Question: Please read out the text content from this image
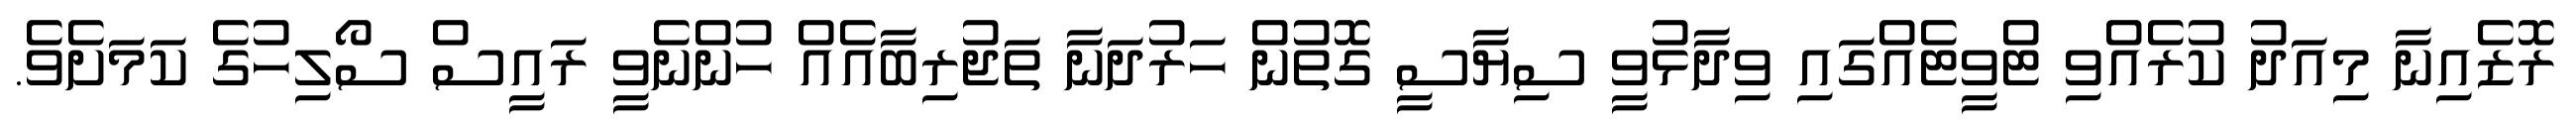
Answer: ރޮޒެއިނާ މިއަދު ކުރެއްވި ޓްވީޓެއްގައި ވިދާޅުވީ ސިޔާސީ ގޮތުން ހަރުދަނާ ތަޖުރިބާއެއް ހުންނެވީ ރައީސް ސޯލިހުގެ ކަމަށެވެ.